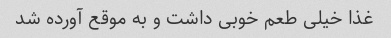
غذا خیلی طعم خوبی داشت و به موقع آورده شد